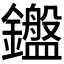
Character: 𬬛